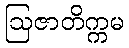
ဩဇာတိက္ကမ